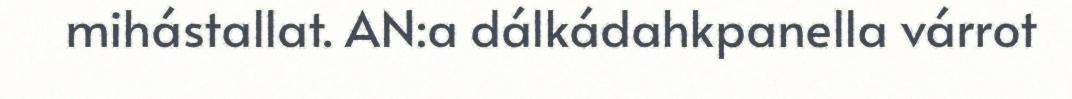
mihástallat. AN:a dálkádahkpanella várrot